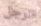
الرجل